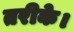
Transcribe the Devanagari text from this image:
तरीके।